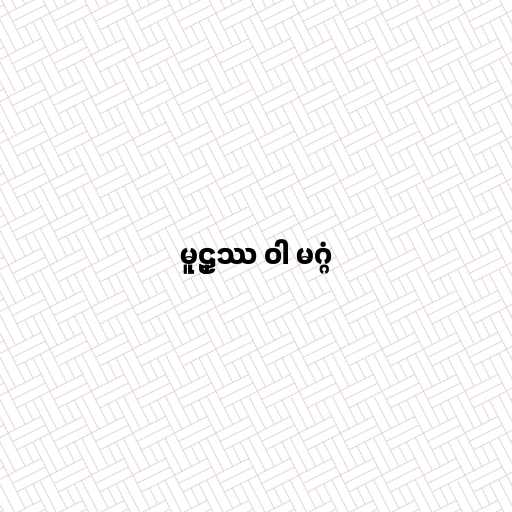
မူဠှဿ ဝါ မဂ္ဂံ